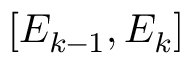
[ E _ { k - 1 } , E _ { k } ]